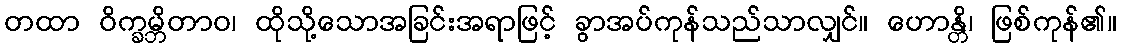
တထာ ဝိက္ခမ္ဘိတာဝ၊ ထိုသို့သောအခြင်းအရာဖြင့် ခွာအပ်ကုန်သည်သာလျှင်။ ဟောန္တိ၊ ဖြစ်ကုန်၏။